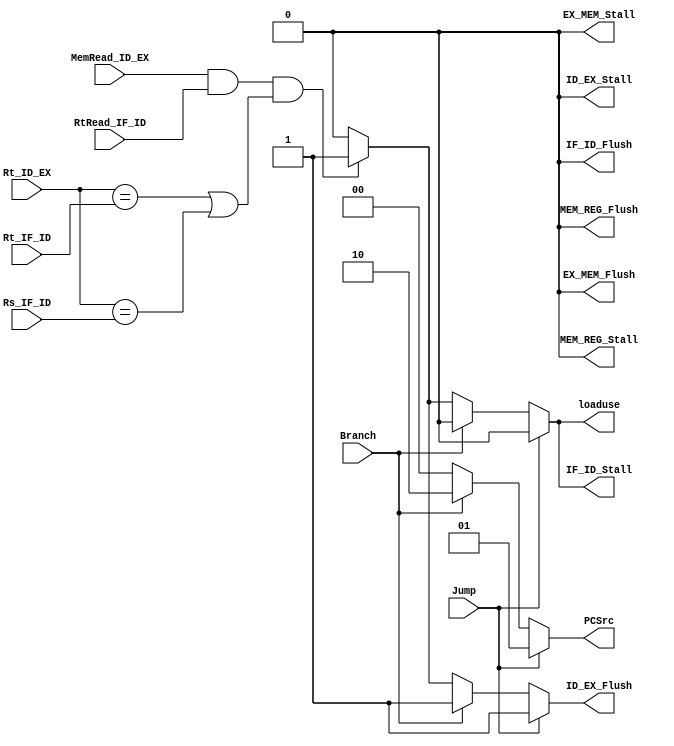
module HAZARD(
input [4:0] Rt_IF_ID,Rs_IF_ID,Rt_ID_EX,
input RtRead_IF_ID,
input Jump,
input MemRead_ID_EX,
input Branch,
output reg[1:0] PCSrc,
output reg IF_ID_Stall,IF_ID_Flush, 
output reg ID_EX_Stall,ID_EX_Flush, 
output reg EX_MEM_Stall,EX_MEM_Flush,
output reg MEM_REG_Stall,MEM_REG_Flush,
output reg loaduse
);

always @(*)
begin
//jumpbranch
// load-use
//
	if(Jump == 1)begin
		PCSrc = 2'b01;//
		ID_EX_Flush = 1;//
		ID_EX_Stall = 0;//
		IF_ID_Flush = 0;
		IF_ID_Stall = 0;
		MEM_REG_Stall = 0;
		MEM_REG_Flush = 0;
		EX_MEM_Stall = 0;
		EX_MEM_Flush = 0;
		loaduse = 0;
	end
	else if(Branch == 1)begin//
		PCSrc = 2'b10;
		ID_EX_Flush = 1;//
		EX_MEM_Flush = 0;
		ID_EX_Stall = 0;//
		IF_ID_Flush = 0;
		IF_ID_Stall = 0;
		MEM_REG_Stall = 0;
		MEM_REG_Flush = 0;
		EX_MEM_Stall = 0;
		loaduse = 0;
	end
	else if(MemRead_ID_EX == 1 && RtRead_IF_ID == 1 && (Rt_ID_EX == Rt_IF_ID || Rt_ID_EX == Rs_IF_ID))begin//load-use
		PCSrc = 2'b00;
		IF_ID_Stall = 1;
		ID_EX_Flush = 1;//
		EX_MEM_Flush = 0;
		ID_EX_Stall = 0;//
		IF_ID_Flush = 0;
		MEM_REG_Stall = 0;
		MEM_REG_Flush = 0;
		EX_MEM_Stall = 0;
		loaduse = 1;
		end
	else begin//
		PCSrc = 2'b00;
		IF_ID_Stall = 0;
		ID_EX_Flush = 0;//
		EX_MEM_Flush = 0;
		ID_EX_Stall = 0;//
		IF_ID_Flush = 0;
		MEM_REG_Stall = 0;
		MEM_REG_Flush = 0;
		EX_MEM_Stall = 0;
		loaduse = 0;
	end

end
endmodule